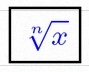
\sqrt[n]{x}